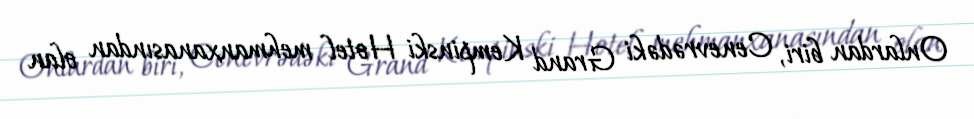
Onlardan biri, Cenevrədəki Grand Kempinski Hotel mehmanxanasından olan